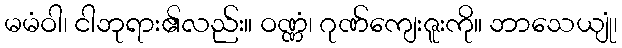
မမံဝါ၊ ငါဘုရား၏လည်း။ ဝဏ္ဏံ၊ ဂုဏ်ကျေးဇူးကို။ ဘာသေယျုံ၊